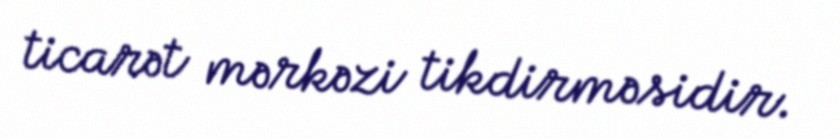
ticarət mərkəzi tikdirməsidir.